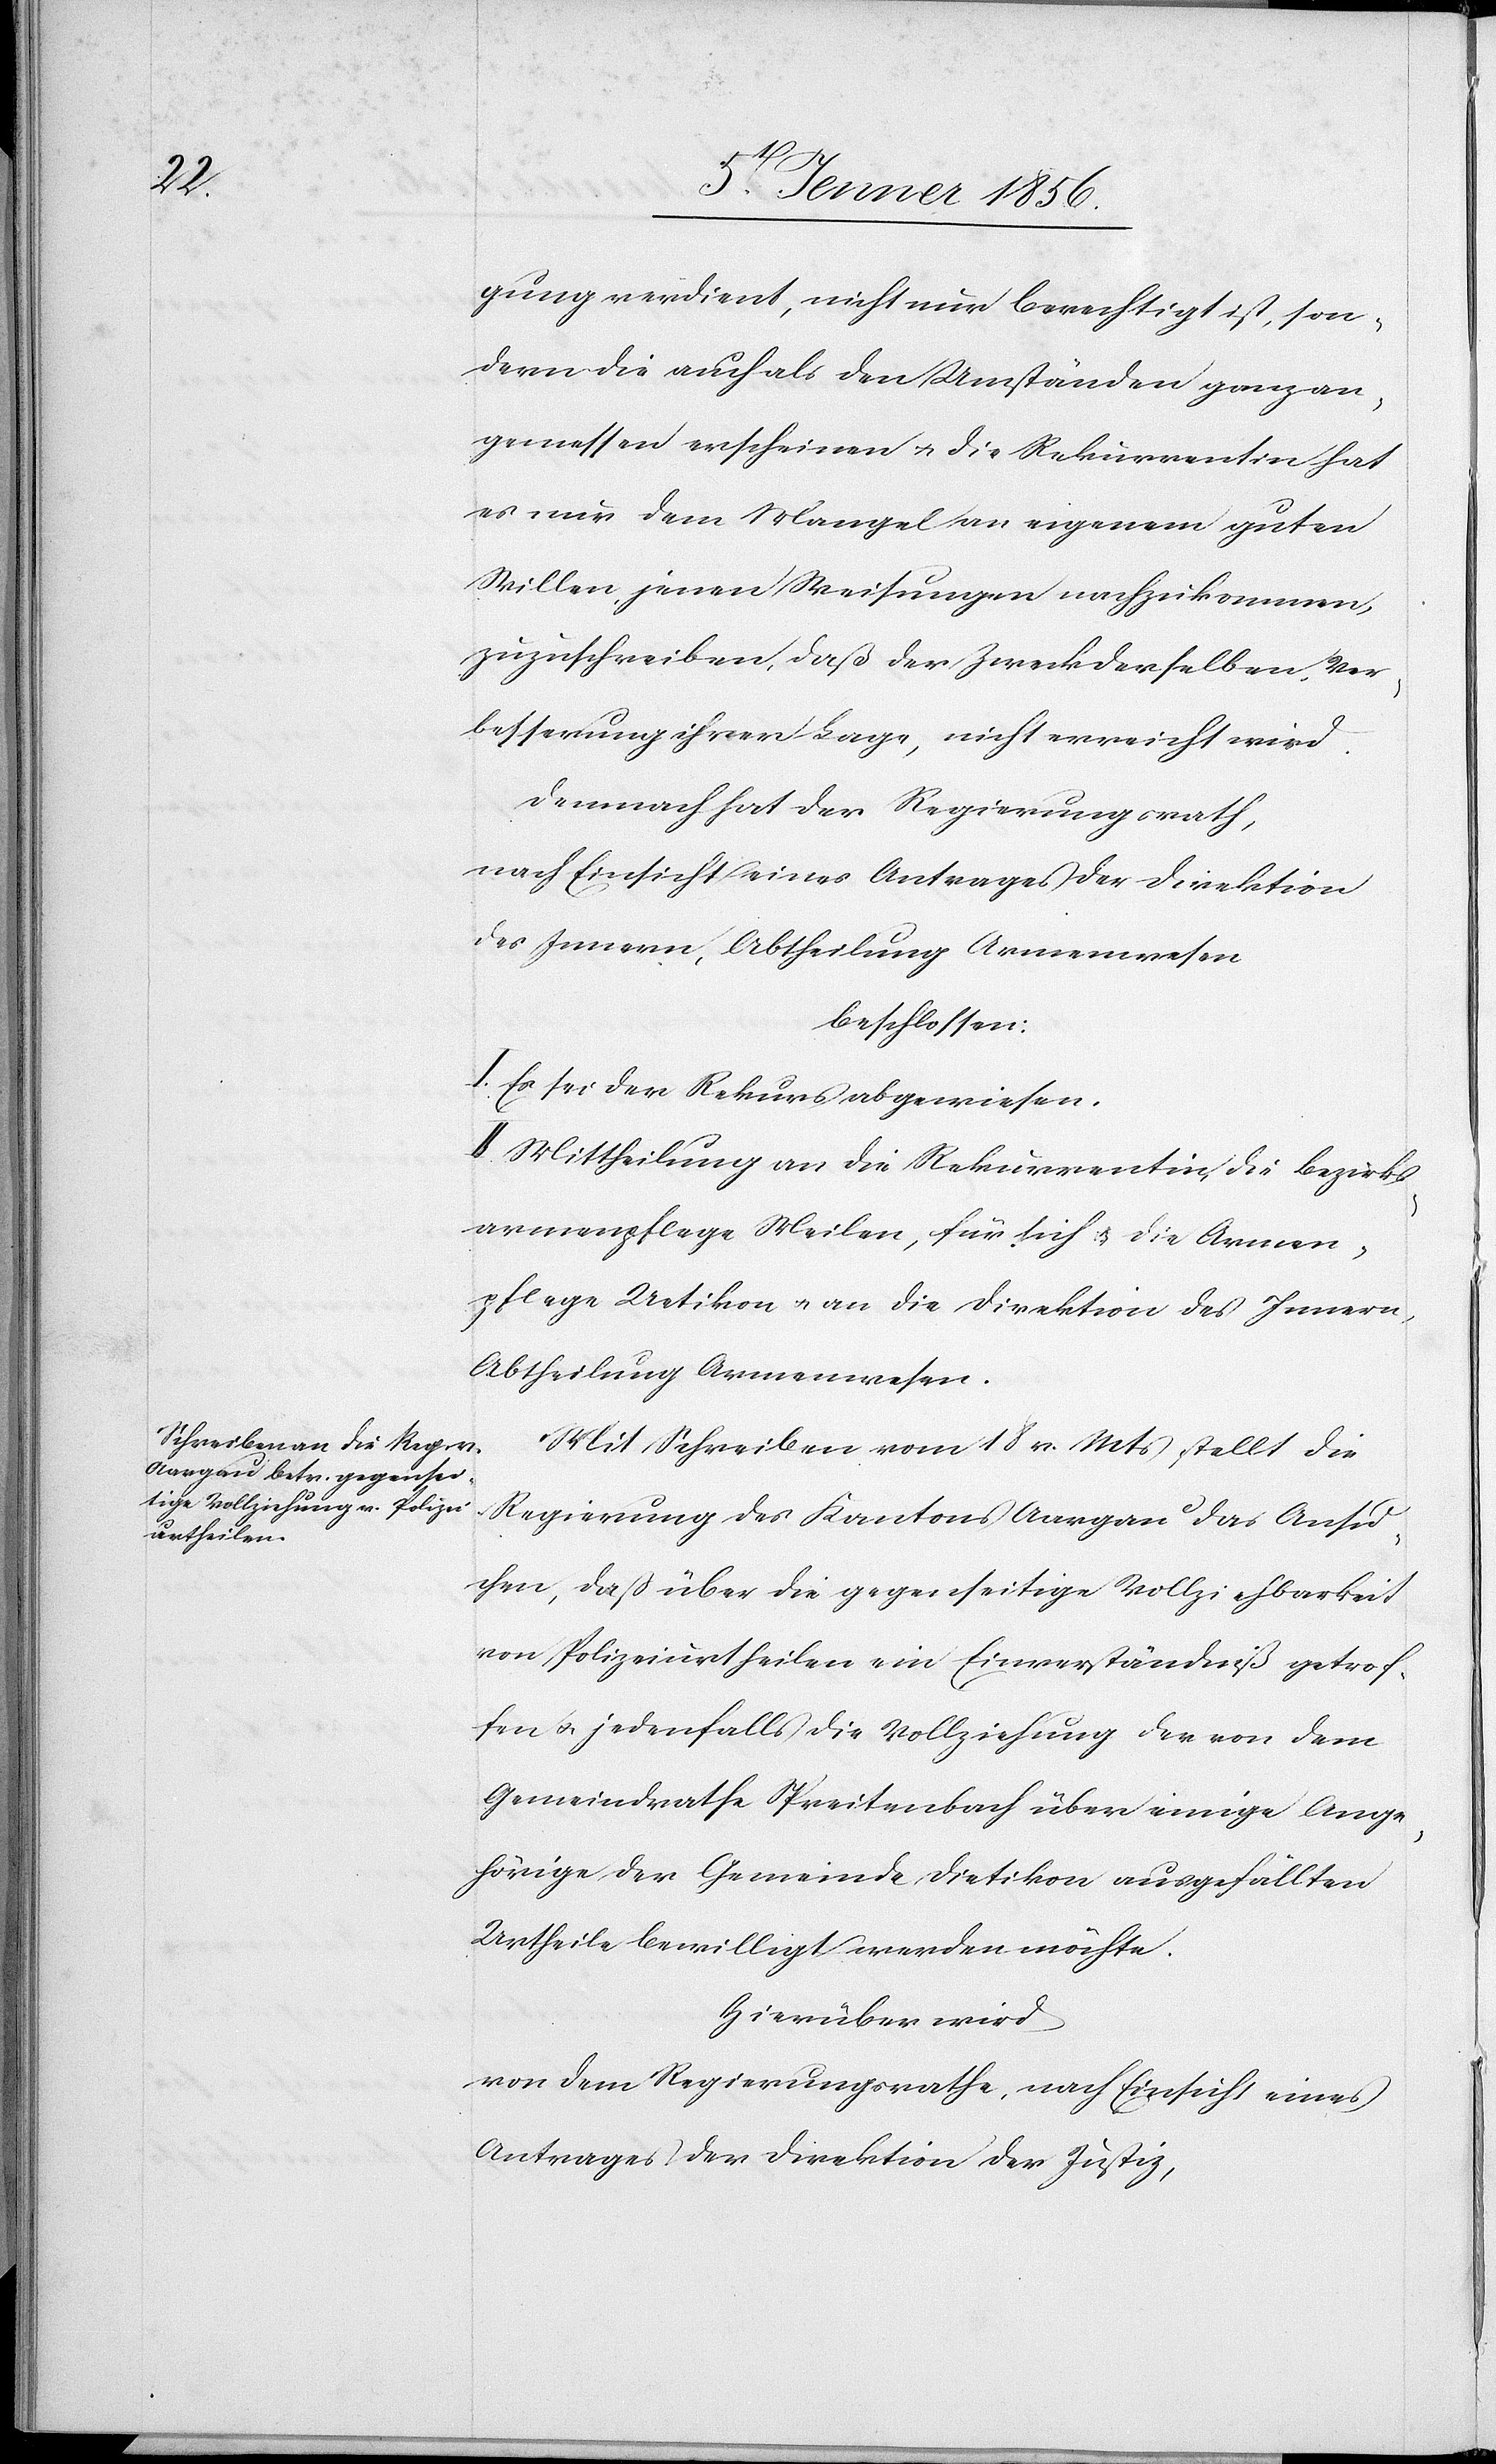
gung verdient, nicht nur berechtigt ist, son¬
dern die auch als den Umständen ganz an¬
gemessen erscheinen u. die Rekurrentin hat
es nur dem Mangel an eigenem guten
Willen, jenen Weisungen nachzukommen,
zuzuschreiben, daß der Zweck derselben, Ver¬
besserung ihrer Lage, nicht erreicht wird.
Demnach hat der Regierungsrath,
nach Einsicht eines Antrages der Direktion
des Innern, Abtheilung Armenwesen
beschlossen:
I. Es sei der Rekurs abgewiesen.
II. Mittheilung an die Rekurrentin, die Bezirks¬
armenpflege Meilen, für sich u. die Armen¬
pflege Uetikon u. an die Direktion des Innern,
Abtheilung Armenwesen.
Mit Schreiben vom 18 v. Mts stellt die
Regierung des Kantons Aargau das Ansu¬
chen, daß über die gegenseitige Vollziehbarkeit
von Polizeiurtheilen ein Einverständniß getrof¬
fen u. jedenfalls die Vollziehung der von dem
Gemeindrathe Spreitenbach über einige Ange¬
hörige der Gemeinde Dietikon ausgefällten
Urtheile bewilligt werden möchte.
Hierüber wird
von dem Regierungsrathe, nach Einsicht eines
Antrages der Direktion der Justiz,